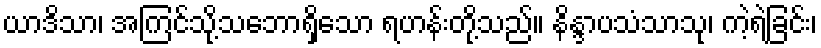
ယာဒိသာ၊ အကြင်သို့သဘောရှိသော ရဟန်းတို့သည်။ နိန္ဒာပသံသာသု၊ ကဲ့ရဲ့ခြင်း၊